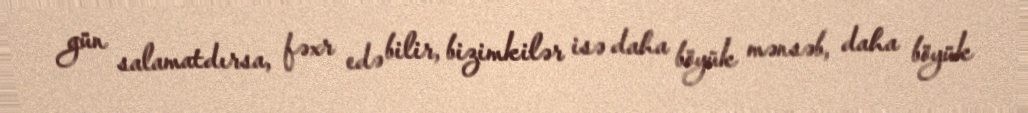
gün salamatdırsa, fəxr edə bilir, bizimkilər isə daha böyük mənsəb, daha böyük